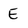
Character: E